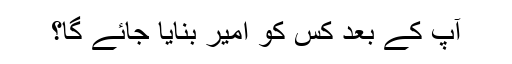
آپ کے بعد کس کو امیر بنایا جائے گا؟